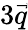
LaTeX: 3\vec{q}